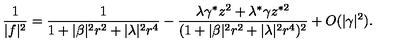
\frac { 1 } { | f | ^ { 2 } } = \frac { 1 } { 1 + | \beta | ^ { 2 } r ^ { 2 } + | \lambda | ^ { 2 } r ^ { 4 } } - \frac { \lambda \gamma ^ { * } z ^ { 2 } + \lambda ^ { * } \gamma z ^ { * 2 } } { ( 1 + | \beta | ^ { 2 } r ^ { 2 } + | \lambda | ^ { 2 } r ^ { 4 } ) ^ { 2 } } + O ( \vert \gamma \vert ^ { 2 } ) .